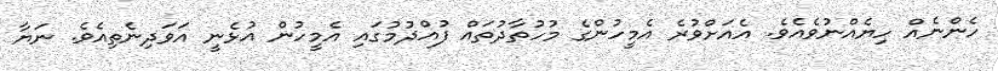
ހެންނެއް ހިޔެއްނުވެއެވެ. އެއަށްވުރެ އެމީހުންގެ މުހުތާދުތައް ފުއްދުމުގައި އެމީހުން އުޅެނީ އަވަދިނެތިއެވެ. ނަޔާ